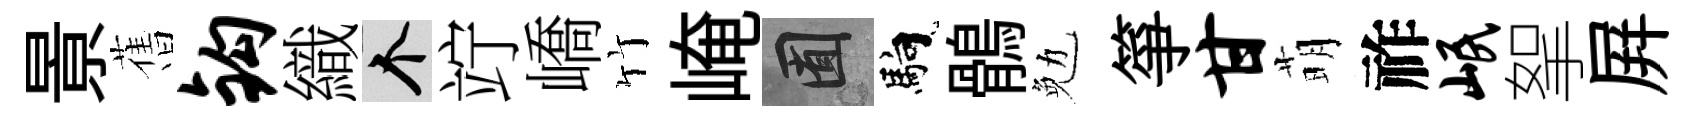
㬌𦾔钩織个竚嶠竹崦囿馿鶻勉箏甘萌祚岷挐屛